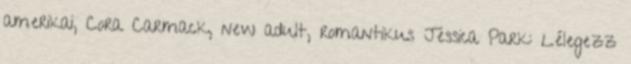
amerikai, Cora Carmack, new adult, romantikus Jessica Park: Lélegezz